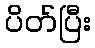
ပိတ်ပြီး